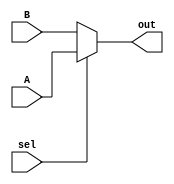
`timescale 1ns / 1ps
//////////////////////////////////////////////////////////////////////////////////
// Group: 21 
// Engineers: P. Godhani & D. Saha
// Module Name:    2:1 multiplexor 
// Description: 	 mulitplexor 2:1 
// 					 
//////////////////////////////////////////////////////////////////////////////////
module Mux2To1(A, B, sel, out);
	input [31:0] A, B;
	input sel;
	output [31:0] out;
	
	assign out = (sel) ? A : B;

endmodule